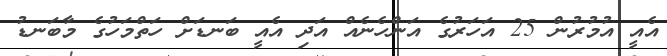
އެއީ އުމުރުން 25 އަހަރުގެ އަންހެނެއް އަދި އެއީ ބަނޑަށް ހަތްމަހުގެ މާބަނޑު